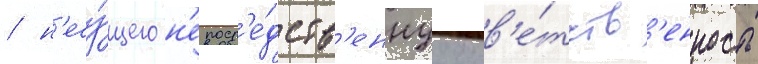
/ н'есу́щего н'епоср'е́дств'еннуу отв'е́тств'енность